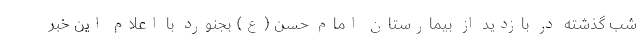
شب گذشته در بازدید از بیمارستان امام حسن (ع) بجنورد با اعلام این خبر